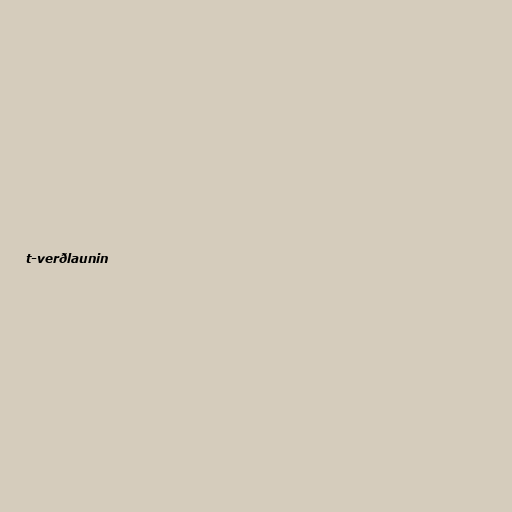
t-verðlaunin